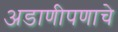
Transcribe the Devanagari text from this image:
अडाणीपणाचे